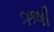
ઋષી